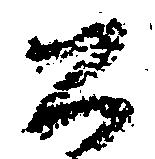
公